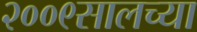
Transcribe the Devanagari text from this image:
२००९सालच्या